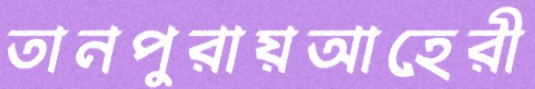
তানপুরায়আহেরী